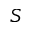
S